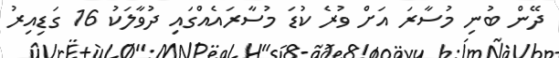
ދޭން ބުނި މުސާރަ އަށް ވުރެ ކުޑަ މުސާރައެއްގައި ދުވާލަކު 16 ގަޑިއިރު